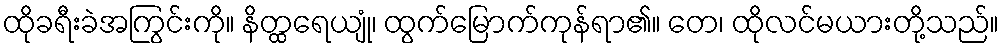
ထိုခရီးခဲအကြွင်းကို။ နိတ္ထရေယျုံ၊ ထွက်မြောက်ကုန်ရာ၏။ တေ၊ ထိုလင်မယားတို့သည်။